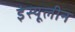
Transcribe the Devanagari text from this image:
इंस्यूलीन